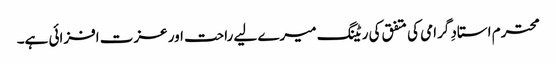
محترم استادِ گرامی کی متفق کی ریٹنگ میرے لیے راحت اور عزت افزائی ہے۔